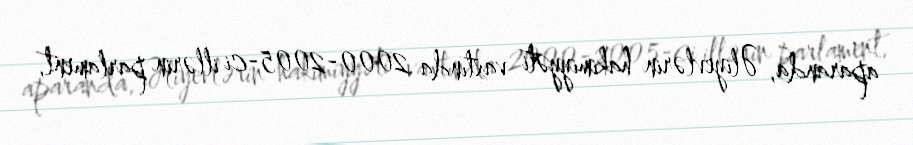
aparanda, Əliyevlərin hakimiyyəti vaxtında 2000-2005-ci illərin parlament,